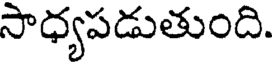
సాధ్యపడుతుంది.